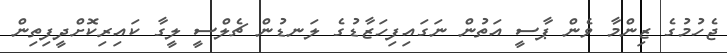
ޖެހުމުގެ ޒިންމާ ވެން ޕާސީ އަތުން ނަގައިފިހަޒާޑުގެ ލަނޑުން ޗެލްސީ ލީގާ ކައިރިކޮށްދީފިތިން